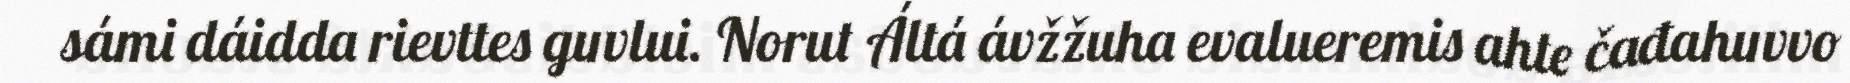
sámi dáidda rievttes guvlui. Norut Áltá ávžžuha evalueremis ahte čađahuvvo